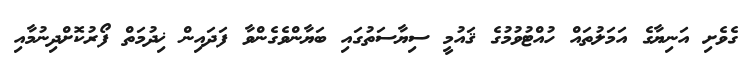
ގެވެށި އަނިޔާގެ އަމަލުތައް ހުއްޓުވުމުގެ ޤައުމީ ސިޔާސަތުގައި ބަޔާންވެގެންވާ ފަދައިން ޚިދުމަތް ފޯރުކޮށްދިނުމާއި